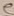
Text: e